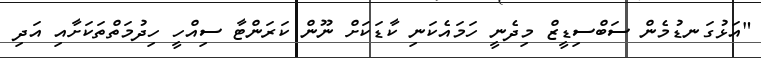
"އަޅުގަނޑުމެން ސަބްސިޑީޒް މިދެނީ ހަމައެކަނި ކާޑަކަށް ނޫން ކަރަންޓާ ސިއްހީ ހިދުމަތްތަކަށާއި އަދި